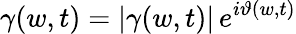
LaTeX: \gamma(w,t)=|\gamma(w,t)|\, e^{i\vartheta(w,t)}